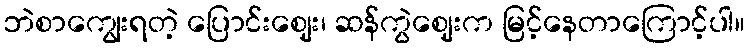
ဘဲစာကျွေးရတဲ့ ပြောင်းဈေး၊ ဆန်ကွဲဈေးက မြင့်နေတာကြောင့်ပါ။